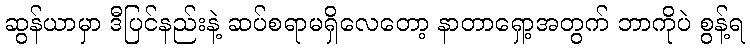
ဆွန်ယာမှာ ဒီပြင်နည်းနဲ့ ဆပ်စရာမရှိလေတော့ နာတာရှော့အတွက် ဘာကိုပဲ စွန့်ရ